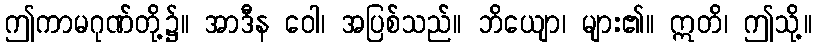
ဤကာမဂုဏ်တို့၌။ အာဒီန ဝေါ၊ အပြစ်သည်။ ဘိယျော၊ များ၏။ ဣတိ၊ ဤသို့။